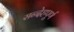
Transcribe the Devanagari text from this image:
सन्देहपूर्ण